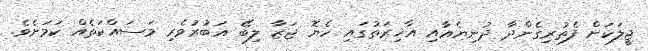
ޖީލަކަށް ފެތުރިގެންދާ ދުނިޔެއާއި އާޚިރަތުގައި ހެޔޮ ޖަޒާ ލިބޭ އަބުރުވެރި މަސައްކަތެއް ކަމަށެވެ.